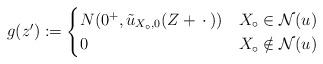
LaTeX: \begin{align*}g(z') :=\begin{cases}N(0^+,\tilde u_{X_\circ,0}(Z + \,\cdot\,)) & X_\circ \in \mathcal{N}(u)\\0 & X_\circ \notin \mathcal{N}(u)\end{cases}\end{align*}